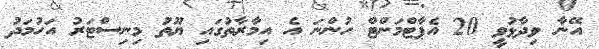
އޭނާ ވިދާޅުވީ 20 އެޕާޓްމަންޓް ހުންނަ އެ އިމާރާތުގައި ޔޫތު މިނިސްޓަރު އަހުމަދު